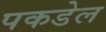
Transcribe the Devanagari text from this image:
पकडेल